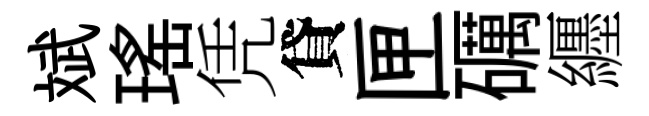
斌瑤凭貸匣礪纒